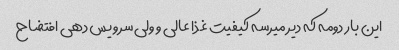
این بار دومه که دیر میرسه کیفیت غذا عالی و ولی سرویس دهی افتضاح